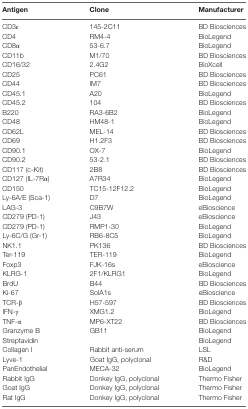
<table><thead><tr><td><b>Antigen</b></td><td><b>Clone</b></td><td><b>Manufacturer</b></td></tr></thead><tbody><tr><td>CD3ε</td><td>145-2C11</td><td>BD Biosciences</td></tr><tr><td>CD4</td><td>RM4-4</td><td>BioLegend</td></tr><tr><td>CD8α</td><td>53-6.7</td><td>BioLegend</td></tr><tr><td>CD11b</td><td>M1/70</td><td>BD Biosciences</td></tr><tr><td>CD16/32</td><td>2.4G2</td><td>BioXcell</td></tr><tr><td>CD25</td><td>PC61</td><td>BD Biosciences</td></tr><tr><td>CD44</td><td>IM7</td><td>BD Biosciences</td></tr><tr><td>CD45.1</td><td>A20</td><td>BioLegend</td></tr><tr><td>CD45.2</td><td>104</td><td>BD Biosciences</td></tr><tr><td>B220</td><td>RA3-6B2</td><td>BioLegend</td></tr><tr><td>CD48</td><td>HM48-1</td><td>BioLegend</td></tr><tr><td>CD62L</td><td>MEL-14</td><td>BD Biosciences</td></tr><tr><td>CD69</td><td>H1.2F3</td><td>BD Biosciences</td></tr><tr><td>CD90.1</td><td>OX-7</td><td>BioLegend</td></tr><tr><td>CD90.2</td><td>53-2.1</td><td>BD Biosciences</td></tr><tr><td>CD117 (c-Kit)</td><td>2B8</td><td>BD Biosciences</td></tr><tr><td>CD127 (IL-7Rα)</td><td>A7R34</td><td>BioLegend</td></tr><tr><td>CD150</td><td>TC15-12F12.2</td><td>BioLegend</td></tr><tr><td>Ly-6A/E (Sca-1)</td><td>D7</td><td>BioLegend</td></tr><tr><td>LAG-3</td><td>C9B7W</td><td>eBioscience</td></tr><tr><td>CD279 (PD-1)</td><td>J43</td><td>eBioscience</td></tr><tr><td>CD279 (PD-1)</td><td>RMP1-30</td><td>BioLegend</td></tr><tr><td>Ly-6C/G (Gr-1)</td><td>RB6-8C5</td><td>BioLegend</td></tr><tr><td>NK1.1</td><td>PK136</td><td>BD Biosciences</td></tr><tr><td>Ter-119</td><td>TER-119</td><td>BioLegend</td></tr><tr><td>Foxp3</td><td>FJK-16s</td><td>eBioscience</td></tr><tr><td>KLRG-1</td><td>2F1/KLRG1</td><td>BioLegend</td></tr><tr><td>BrdU</td><td>B44</td><td>BD Biosciences</td></tr><tr><td>Ki-67</td><td>SolA1s</td><td>eBioscience</td></tr><tr><td>TCR-β</td><td>H57-597</td><td>BD Biosciences</td></tr><tr><td>IFN-γ</td><td>XMG1.2</td><td>BioLegend</td></tr><tr><td>TNF-α</td><td>MP6-XT22</td><td>BD Biosciences</td></tr><tr><td>Granzyme B</td><td>GB11</td><td>BioLegend</td></tr><tr><td>Streptavidin</td><td></td><td>BioLegend</td></tr><tr><td>Collagen I</td><td>Rabbit anti-serum</td><td>LSL</td></tr><tr><td>Lyve-1</td><td>Goat IgG, polyclonal</td><td>R&amp;D</td></tr><tr><td>PanEndothelial</td><td>MECA-32</td><td>BioLegend</td></tr><tr><td>Rabbit IgG</td><td>Donkey IgG, polyclonal</td><td>Thermo Fisher</td></tr><tr><td>Goat IgG</td><td>Donkey IgG, polyclonal</td><td>Thermo Fisher</td></tr><tr><td>Rat IgG</td><td>Donkey IgG, polyclonal</td><td>Thermo Fisher</td></tr></tbody></table>